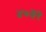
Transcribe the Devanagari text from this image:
४०३२